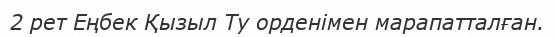
2 рет Еңбек Қызыл Ту орденімен марапатталған.